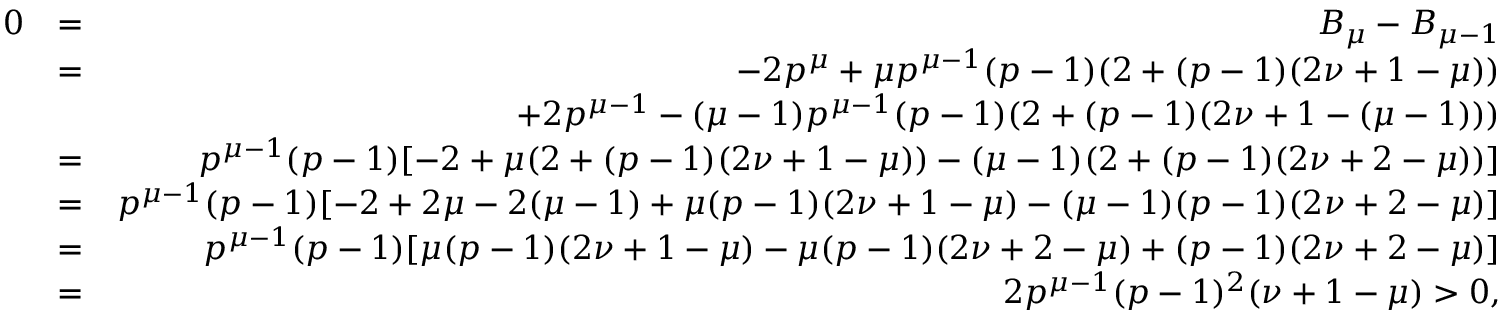
\begin{array} { r l r } { 0 } & { = } & { B _ { \mu } - B _ { \mu - 1 } } \\ & { = } & { - 2 p ^ { \mu } + \mu p ^ { \mu - 1 } ( p - 1 ) ( 2 + ( p - 1 ) ( 2 \nu + 1 - \mu ) ) } \\ & { } & { + 2 p ^ { \mu - 1 } - ( \mu - 1 ) p ^ { \mu - 1 } ( p - 1 ) ( 2 + ( p - 1 ) ( 2 \nu + 1 - ( \mu - 1 ) ) ) } \\ & { = } & { p ^ { \mu - 1 } ( p - 1 ) [ - 2 + \mu ( 2 + ( p - 1 ) ( 2 \nu + 1 - \mu ) ) - ( \mu - 1 ) ( 2 + ( p - 1 ) ( 2 \nu + 2 - \mu ) ) ] } \\ & { = } & { p ^ { \mu - 1 } ( p - 1 ) [ - 2 + 2 \mu - 2 ( \mu - 1 ) + \mu ( p - 1 ) ( 2 \nu + 1 - \mu ) - ( \mu - 1 ) ( p - 1 ) ( 2 \nu + 2 - \mu ) ] } \\ & { = } & { p ^ { \mu - 1 } ( p - 1 ) [ \mu ( p - 1 ) ( 2 \nu + 1 - \mu ) - \mu ( p - 1 ) ( 2 \nu + 2 - \mu ) + ( p - 1 ) ( 2 \nu + 2 - \mu ) ] } \\ & { = } & { 2 p ^ { \mu - 1 } ( p - 1 ) ^ { 2 } ( \nu + 1 - \mu ) > 0 , } \end{array}